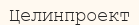
Целинпроект